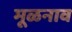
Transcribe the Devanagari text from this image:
मूळनाव